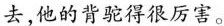
去,他的背驼得很厉害。